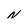
Character: N